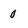
Character: 0